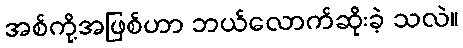
အစ်ကို့အဖြစ်ဟာ ဘယ်လောက်ဆိုးခဲ့ သလဲ။